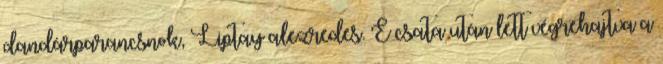
dandárparancsnok, Liptay alezredes. E csata után lett végrehajtva a